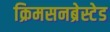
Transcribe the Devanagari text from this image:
क्रिमसनब्रेस्टेड